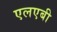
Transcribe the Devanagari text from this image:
एलएबी